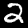
Digit: 2